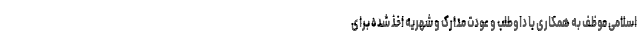
اسلامی موظف به همکاری با داوطلب و عودت مدارک و شهریه اخذ شده برای